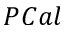
P C a l